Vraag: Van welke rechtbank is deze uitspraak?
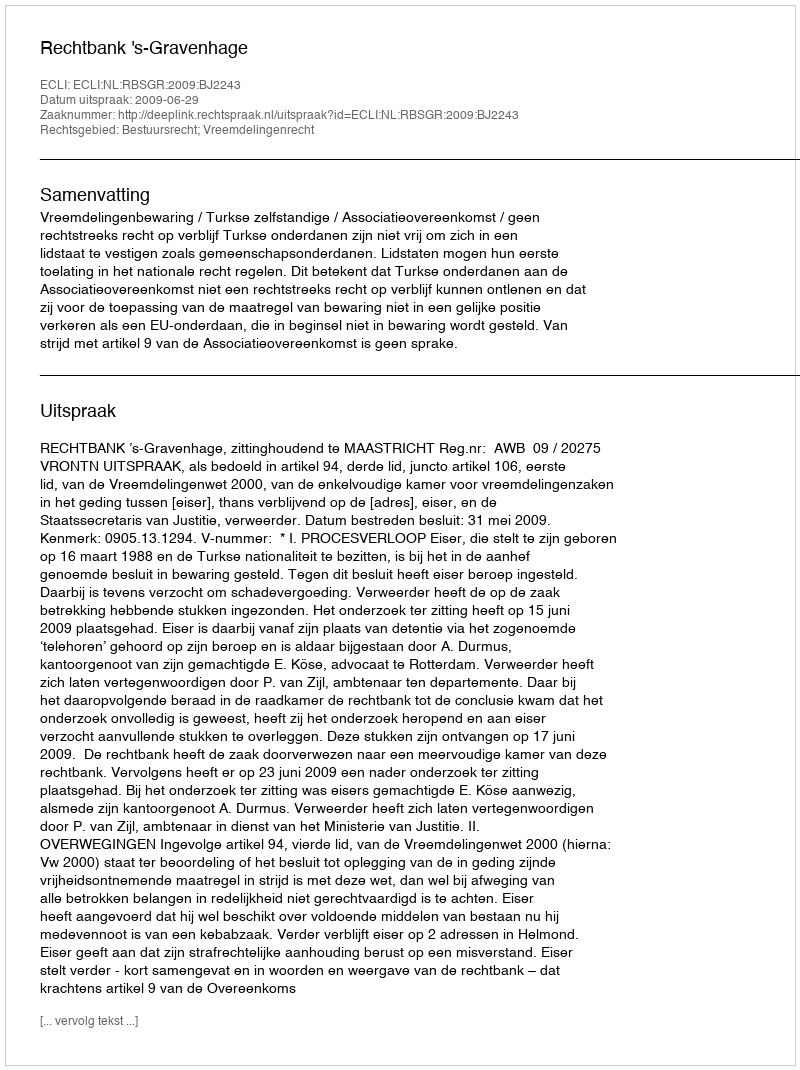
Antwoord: Rechtbank 's-Gravenhage